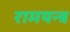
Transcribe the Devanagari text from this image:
रामयन्त्र